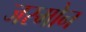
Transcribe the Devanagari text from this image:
जस्मोन